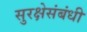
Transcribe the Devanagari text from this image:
सुरक्षेसंबंधी